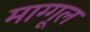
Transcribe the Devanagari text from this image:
माग्गूल